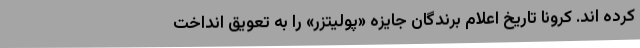
کرده اند. کرونا تاریخ اعلام برندگان جایزه «پولیتزر» را به تعویق انداخت